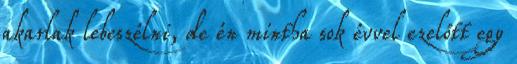
akarlak lebeszélni, de én mintha sok évvel ezelőtt egy